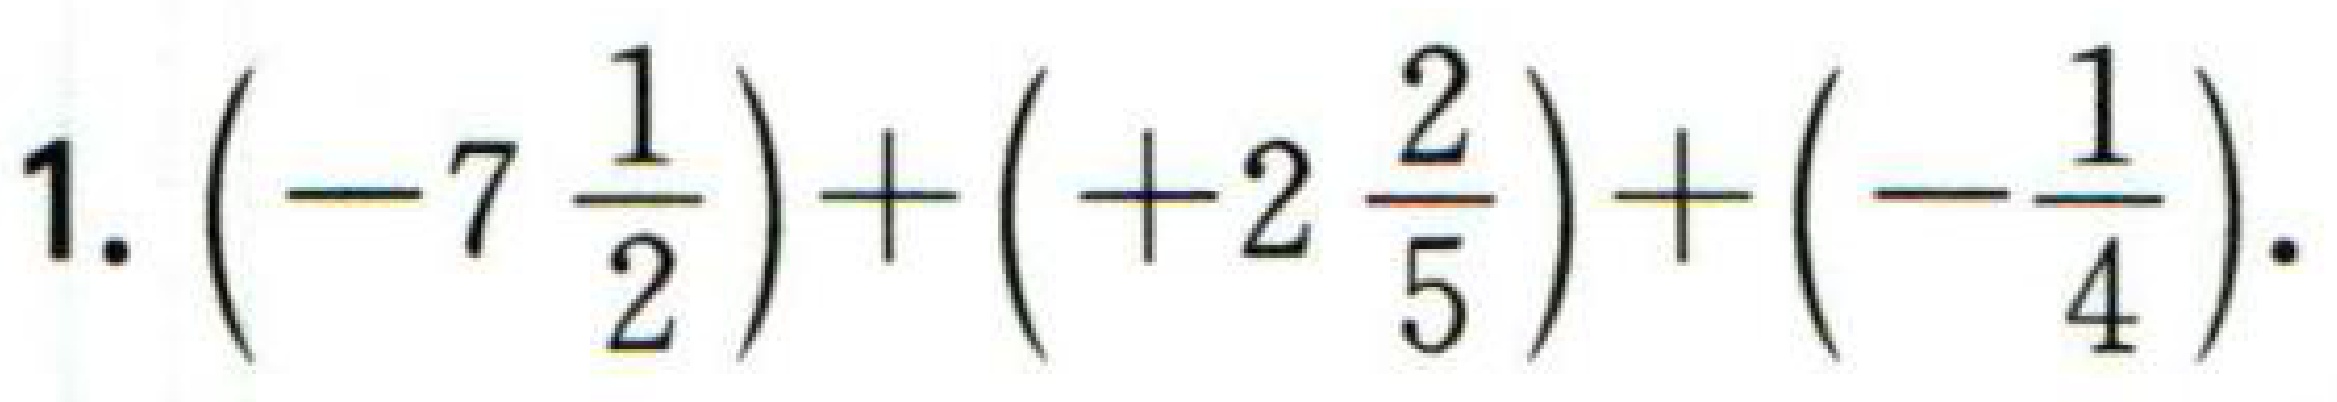
1. \(\left(-7\frac{1}{2}\right)+\left(+2\frac{2}{5}\right)+\left(-\frac{1}{4}\right)\).